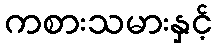
ကစားသမားနှင့်